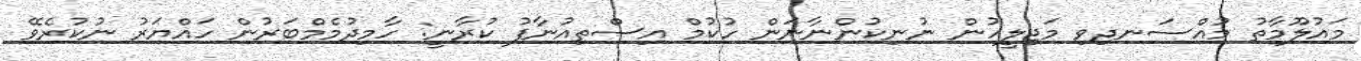
މައުލޫމާތު މުއްސަނދިވި މަޖިލީހުން ނުނިކުންނާނަން ހުކުމް އިސްތިއުނާފު ކުރާނީ: ހާމިދުމެމްބަރުން ހައްޔަރު ނުކުރެވޭ